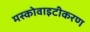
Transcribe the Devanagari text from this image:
मस्कोवाइटीकरण